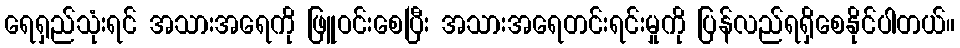
ရေရှည်သုံးရင် အသားအရေကို ဖြူဝင်းစေပြီး အသားအရေတင်းရင်းမှုကို ပြန်လည်ရရှိစေနိုင်ပါတယ်။